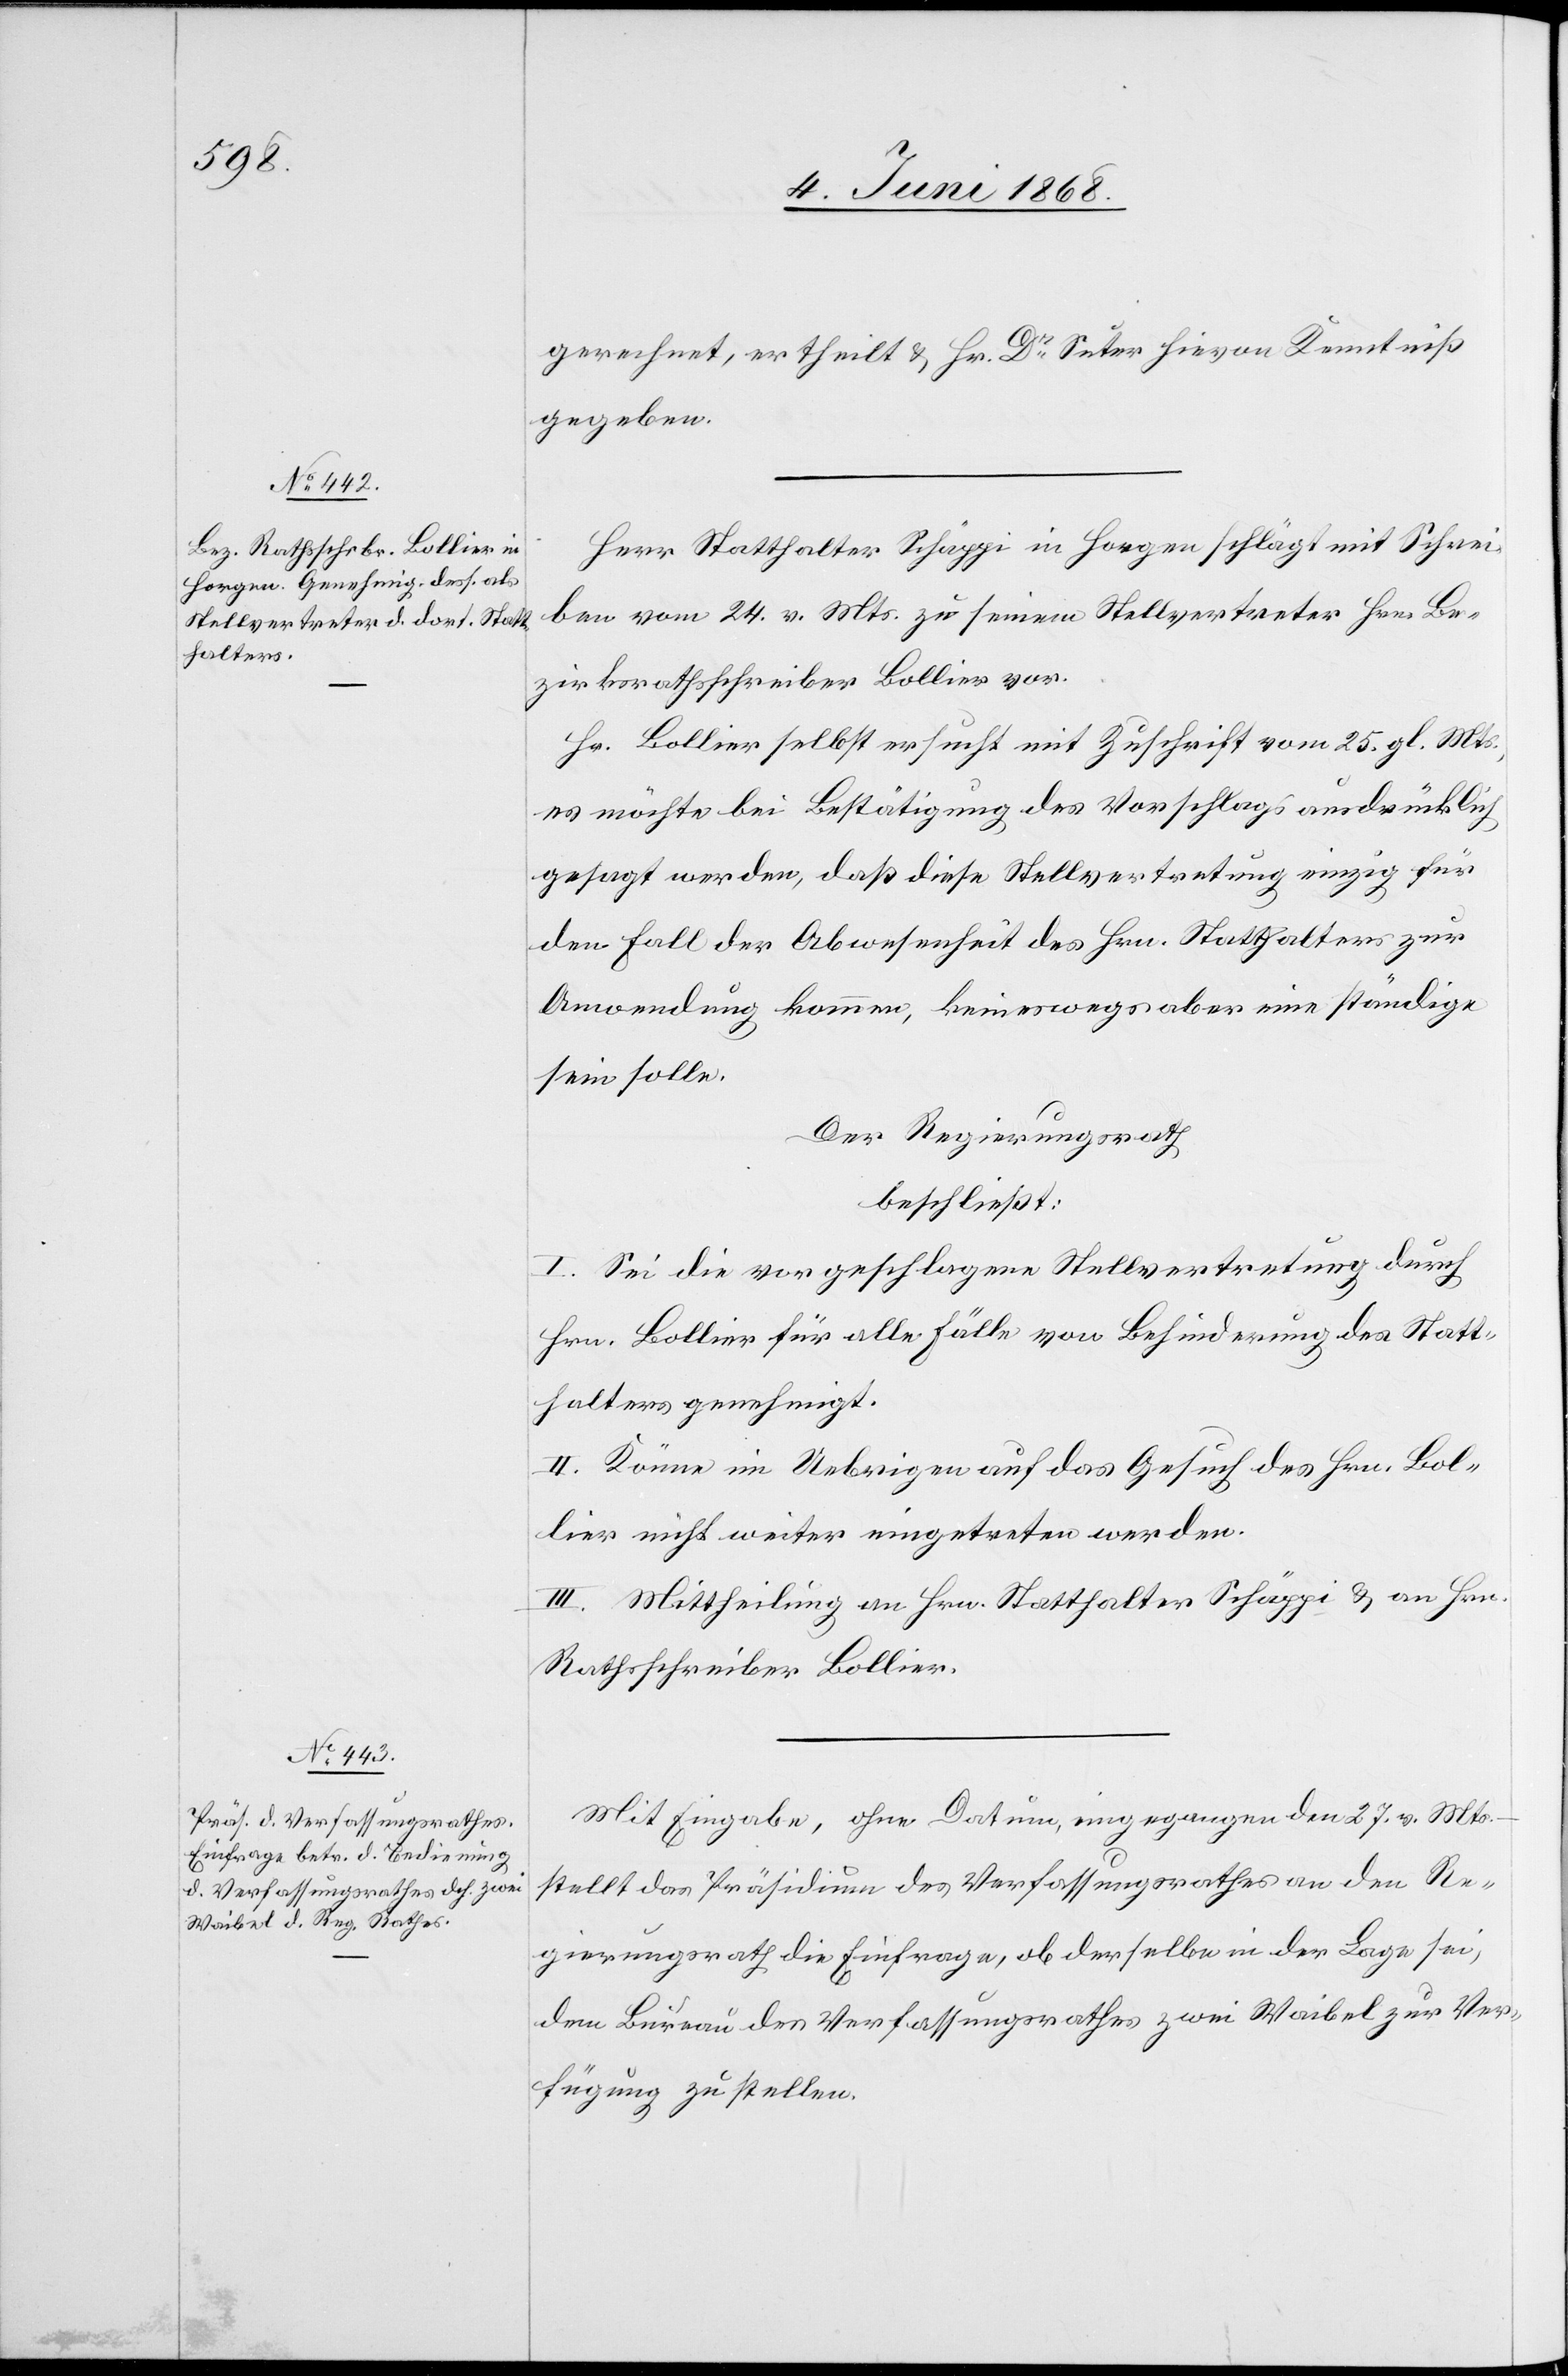
gerechnet, ertheilt & Hr. Dr Suter hievon Kenntniß
gegeben.
Herr Statthalter Schäppi in Horgen schlägt mit Schrei¬
ben vom 24. v. Mts. zu seinem Stellvertreter Hrn. Be¬
zirksrathsschreiber Bollier vor.
Hr. Bollier selbst ersucht mit Zuschrift vom 25. gl. Mts.,
es möchte bei Bestätigung des Vorschlags ausdrücklich
gesagt werden, daß diese Stellvertretung einzig für
den Fall der Abwesenheit des Hrn. Statthalters zur
Anwendung kommen, keineswegs aber eine ständige
sein solle.
Der Regierungsrath
beschließt:
I. Sei die vorgeschlagene Stellvertretung durch
Hrn. Bollier für alle Fälle von Behinderung des Statt¬
halters genehmigt.
II. Könne im Uebrigen auf das Gesuch des Hrn. Bol¬
lier nicht weiter eingetreten werden.
III. Mittheilung an Hrn. Statthalter Schäppi & an Hrn.
Rathsschreiber Bollier.
Mit Eingabe, ohne Datum, eingegangen den 27. v. Mts.
stellt das Präsidium des Verfassungsrathes an den Re¬
gierungsrath die Einfrage, ob derselbe in der Lage sei,
dem Bureau des Verfassungsrathes zwei Waibel zur Ver¬
fügung zu stellen.